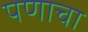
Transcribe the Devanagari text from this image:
पणाचा